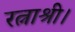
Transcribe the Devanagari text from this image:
रत्नाश्री।